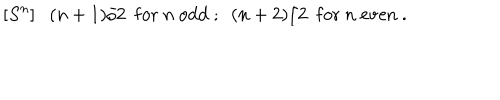
[ S ^ { n } ] ( n + 1 ) / 2 ~ ~ \mathrm { f o r } ~ n ~ \mathrm { o d d } ~ ; ~ ~ ( n + 2 ) / 2 ~ ~ \mathrm { f o r } { } ~ n ~ \mathrm { e v e n } ~ .